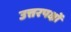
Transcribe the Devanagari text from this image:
उत्तरपक्षों